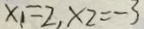
x _ { 1 } = 2 , x _ { 2 } = - 3